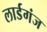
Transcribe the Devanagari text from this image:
लार्डगंज